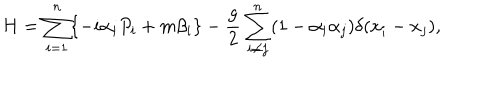
H = \sum _ { i = 1 } ^ { n } \{ - i \alpha _ { i } P _ { i } + m \beta _ { i } \} - \frac { g } { 2 } \sum _ { i \neq j } ^ { n } ( 1 - \alpha _ { i } \alpha _ { j } ) \delta ( x _ { i } - x _ { j } ) ,